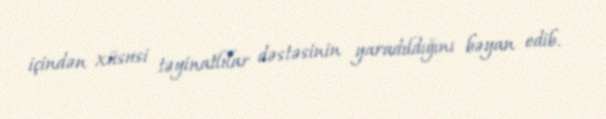
içindən xüsusi təyinatlılar dəstəsinin yaradıldığını bəyan edib.